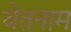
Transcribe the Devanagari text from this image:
वेतनाम